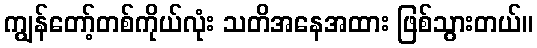
ကျွန်တော့်တစ်ကိုယ်လုံး သတိအနေအထား ဖြစ်သွားတယ်။